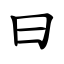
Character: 曰